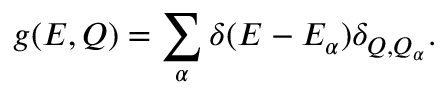
g ( E , Q ) = \sum _ { \alpha } \delta ( E - E _ { \alpha } ) \delta _ { Q , Q _ { \alpha } } .